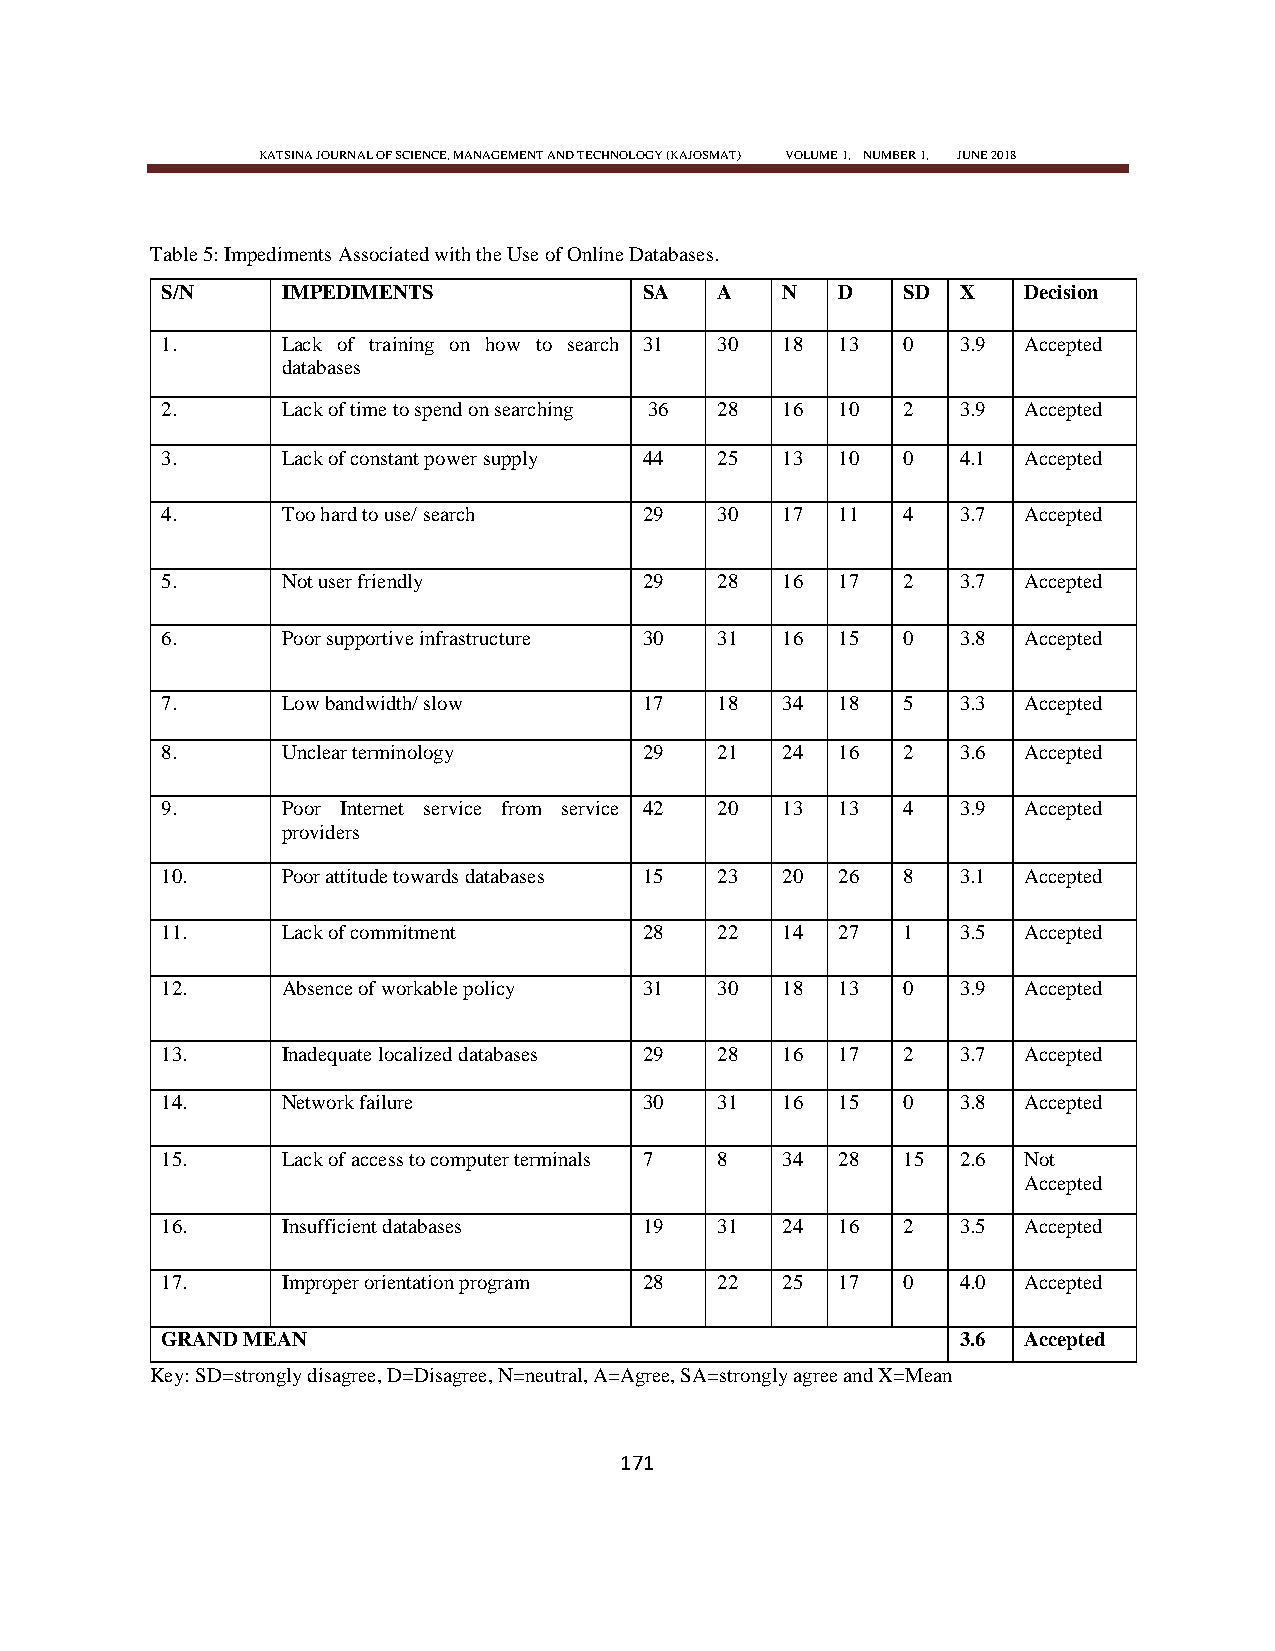
KATSINA JOURNAL OF SCIENCE, MANAGEMENT AND TECHNOLOGY (KAJOSMAT) VOLUME 1, NUMBER 1, JUNE 2018
 Table 5: Impediments Associated with the Use of Online Databases.
 S/N     IMPEDIMENTS             SA  A    N  D    SD  X   Decision
 1.      Lack of training on how to search 31 30 18 13 0 3.9 Accepted
 databases
 2.      Lack of time to spend on searching 36 28 16 10 2 3.9 Accepted
 3.      Lack of constant power supply 44 25 13 10 0  4.1 Accepted
 4.      Too hard to use/ search 29  30   17 11   4   3.7 Accepted
 5.      Not user friendly       29  28   16 17   2   3.7 Accepted
 6.      Poor supportive infrastructure 30 31 16 15 0 3.8 Accepted
 7.      Low bandwidth/ slow     17  18   34 18   5   3.3 Accepted
 8.      Unclear terminology     29  21   24 16   2   3.6 Accepted
 9.      Poor Internet service from service 42 20 13 13 4 3.9 Accepted
 providers
 10.     Poor attitude towards databases 15 23 20 26 8 3.1 Accepted
 11.     Lack of commitment      28  22   14 27   1   3.5 Accepted
 12.     Absence of workable policy 31 30 18 13   0   3.9 Accepted
 13.     Inadequate localized databases 29 28 16 17 2 3.7 Accepted
 14.     Network failure         30  31   16 15   0   3.8 Accepted
 15.     Lack of access to computer terminals 7 8 34 28 15 2.6 Not
 Accepted
 16.     Insufficient databases  19  31   24 16   2   3.5 Accepted
 17.     Improper orientation program 28 22 25 17 0   4.0 Accepted
 GRAND MEAN                                           3.6 Accepted
 Key: SD=strongly disagree, D=Disagree, N=neutral, A=Agree, SA=strongly agree and X=Mean
 171